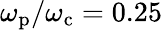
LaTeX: \omega_{\mathrm{p}}/\omega_{\mathrm{c}}=0.25